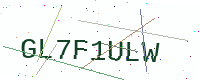
Text: GL7F1ULW